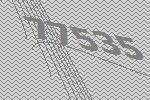
77535